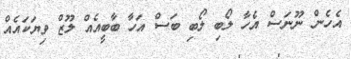
އެހެން ނޫނަސް އެހާ ލޯބި ލޯބި ބަސް އަހާ ބާބީއެއް ލޫޒް ވިޔަކައެއް